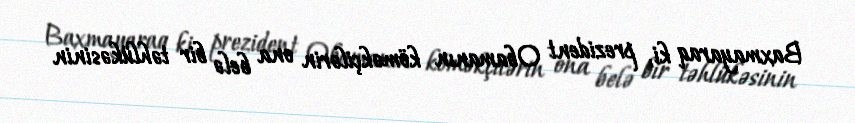
Baxmayaraq ki, prezident Obamanın köməkçilərin ona belə bir təhlükəsinin